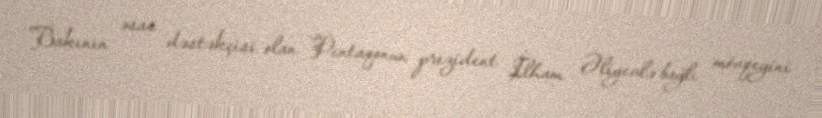
Bakının əsas dəstəkçisi olan Pentaqonun prezident İlham Əliyevlə bağlı mövqeyini